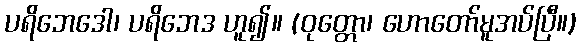
ပရိဘေဒေါ၊ ပရိဘေဒ ဟူ၍။ (ဝုတ္တော၊ ဟောတော်မူအပ်ပြီ။)